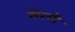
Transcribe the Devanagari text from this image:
सेरगी